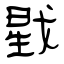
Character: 戥